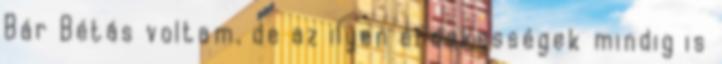
Bár Bétás voltam, de az ilyen érdekességek mindig is